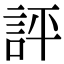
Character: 評